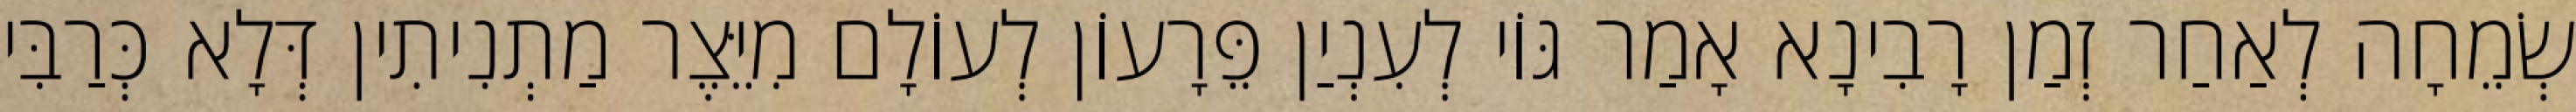
שְׂמֵחָה לְאַחַר זְמַן רָבִינָא אָמַר גּוֹי לְעִנְיַן פֵּרָעוֹן לְעוֹלָם מִיֵּצֶר מַתְנִיתִין דְּלָא כְּרַבִּי